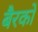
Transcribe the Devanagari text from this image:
बैरको